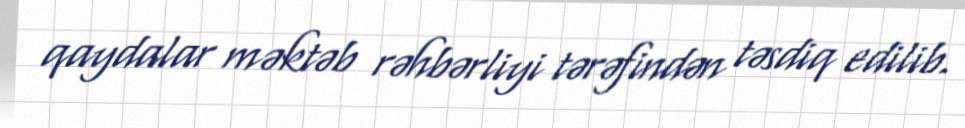
qaydalar məktəb rəhbərliyi tərəfindən təsdiq edilib.